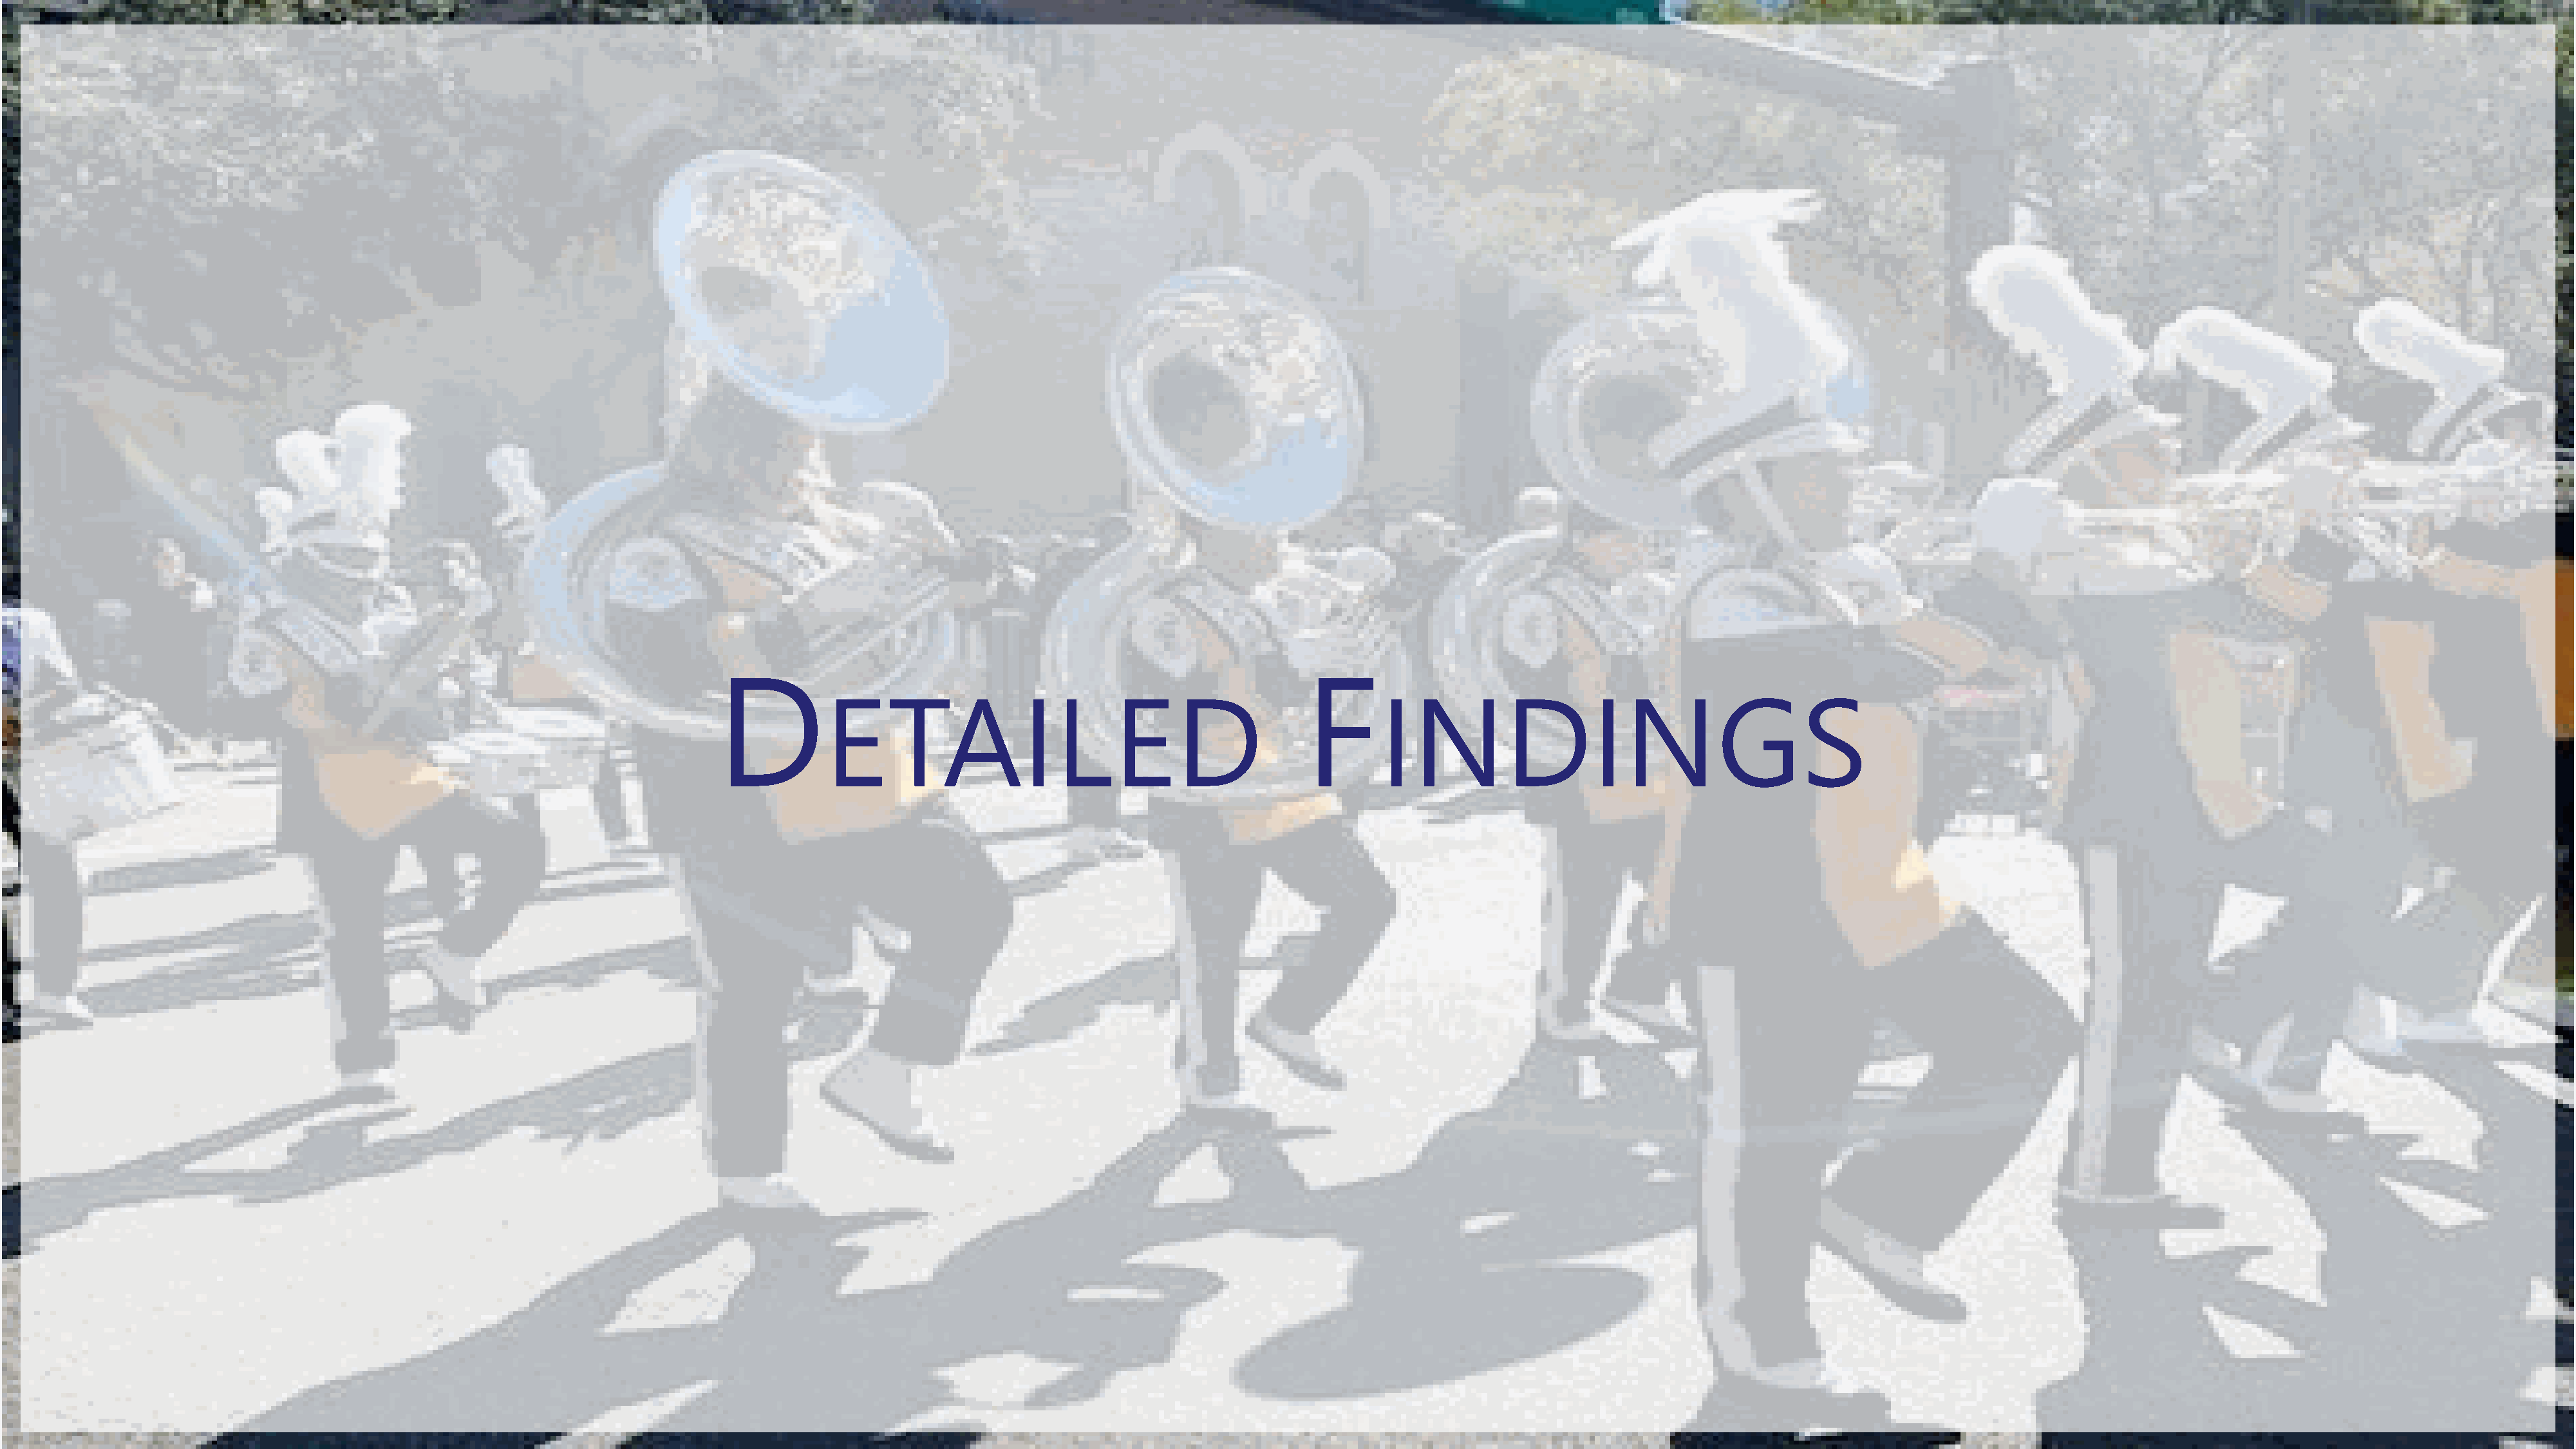
D                                                           F
 ETAILED                                                  INDINGS